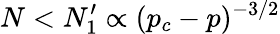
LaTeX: N<N_{1}^{\prime}\propto(p_{c}-p)^{-3/2}